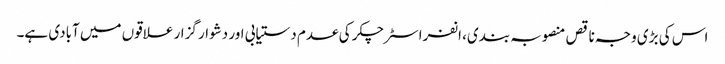
اس کی بڑی وجہ ناقص منصوبہ بندی، انفراسٹرچکر کی عدم دستیابی اور دشوار گزار علاقوں میں آبادی ہے۔